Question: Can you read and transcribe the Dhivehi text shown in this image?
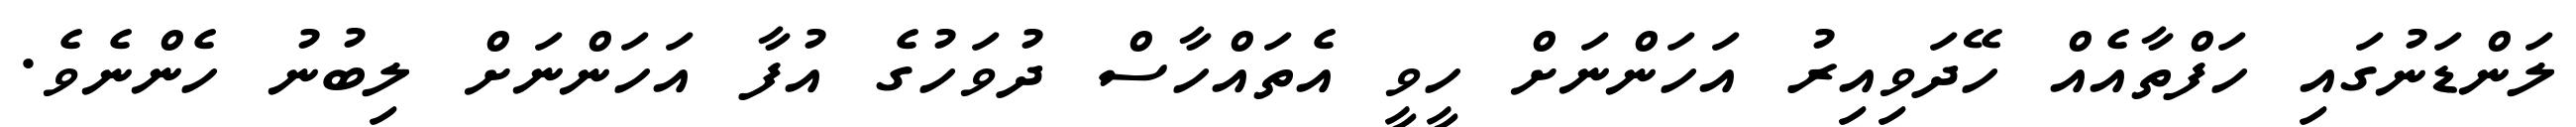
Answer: ލަންޑަނުގައި ހަފްތާއެއް ހޭދަވިއިރު އަހަންނަށް ހީވީ އެތައްހާސް ދުވަހުގެ އުފާ އަހަންނަށް ލިބުނު ހެންނެވެ.